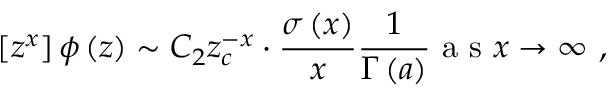
\left[ z ^ { x } \right] \phi \left( z \right) \sim C _ { 2 } z _ { c } ^ { - x } \cdot \frac { \sigma \left( x \right) } { x } \frac { 1 } { \Gamma \left( a \right) } \mathrm { ~ a ~ s ~ } x \rightarrow \infty \mathrm { ~ , ~ }